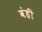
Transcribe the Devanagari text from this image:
वंही